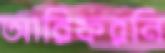
আরিফরনি